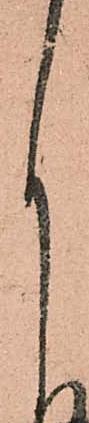
月